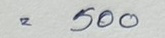
= 500